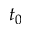
t _ { 0 }